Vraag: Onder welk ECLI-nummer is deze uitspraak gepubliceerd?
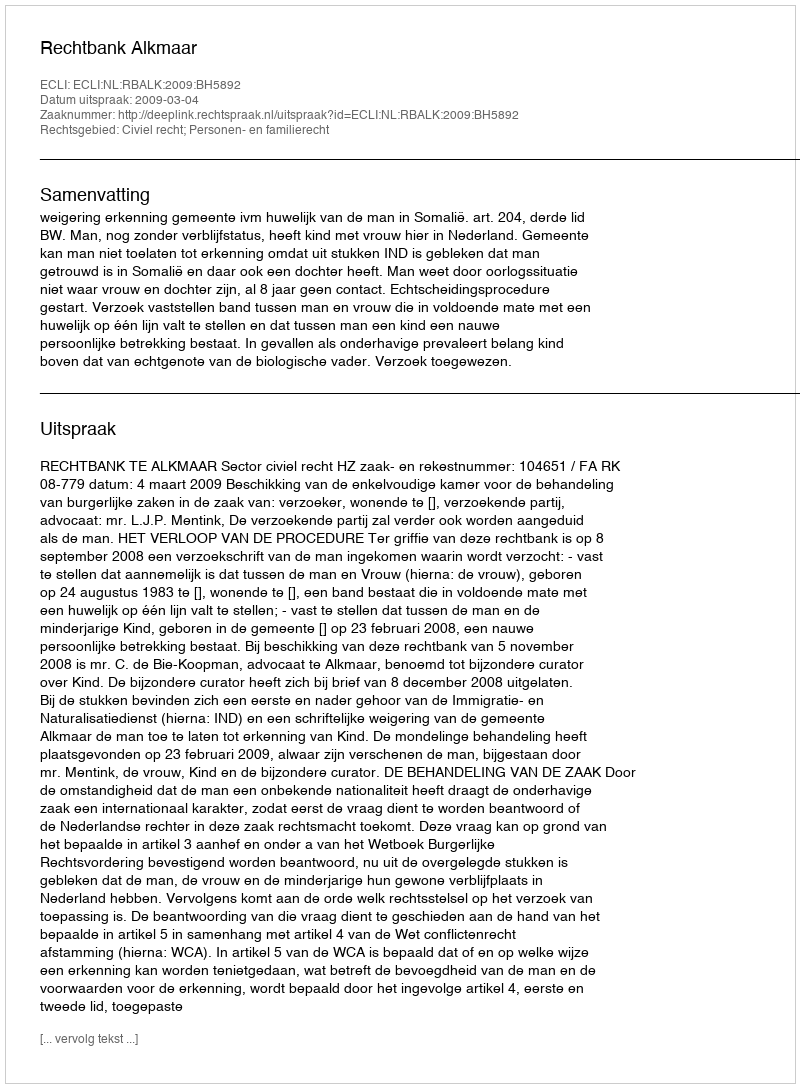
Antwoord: ECLI:NL:RBALK:2009:BH5892